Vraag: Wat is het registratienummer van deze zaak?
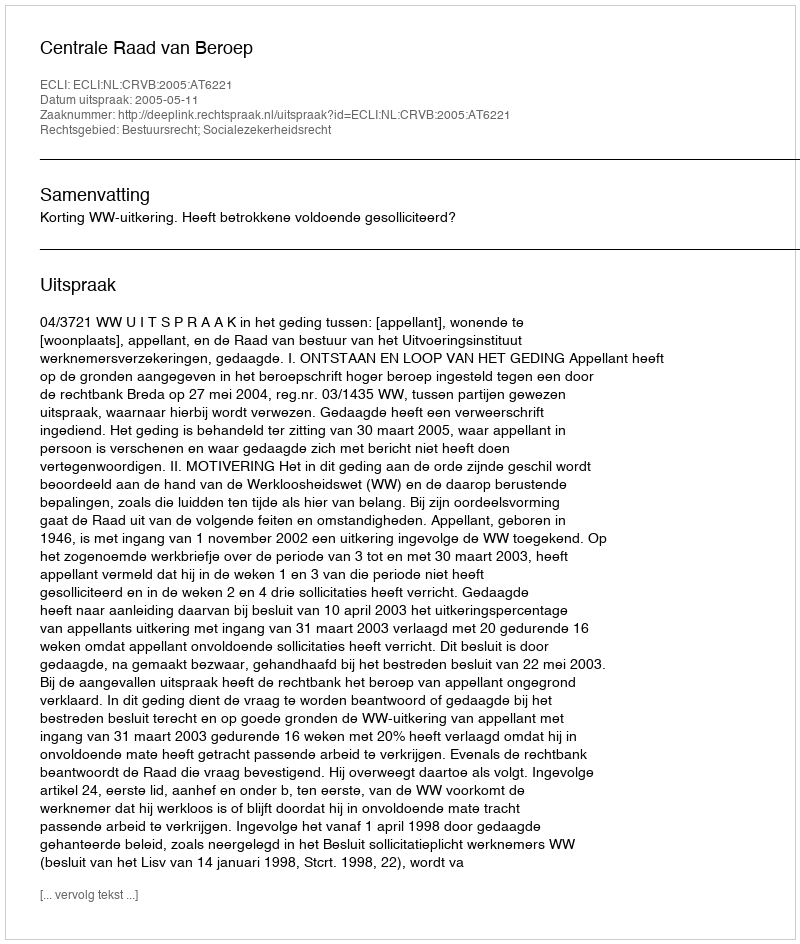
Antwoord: http://deeplink.rechtspraak.nl/uitspraak?id=ECLI:NL:CRVB:2005:AT6221